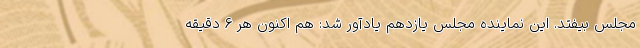
مجلس بیفتد. این نماینده مجلس یازدهم یادآور شد: هم اکنون هر ۶ دقیقه